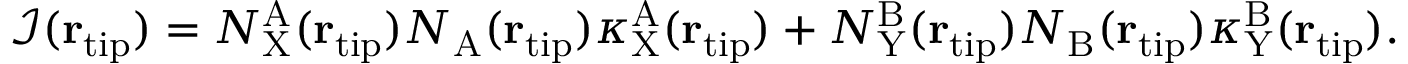
\begin{array} { r } { \mathcal { I } ( { \bf r } _ { \mathrm { t i p } } ) = N _ { \mathrm { X } } ^ { \mathrm { A } } ( { \bf r } _ { \mathrm { t i p } } ) N _ { \mathrm { A } } ( { \bf r } _ { \mathrm { t i p } } ) \kappa _ { \mathrm { X } } ^ { \mathrm { A } } ( { \bf r } _ { \mathrm { t i p } } ) + N _ { \mathrm { Y } } ^ { \mathrm { B } } ( { \bf r } _ { \mathrm { t i p } } ) N _ { \mathrm { B } } ( { \bf r } _ { \mathrm { t i p } } ) \kappa _ { \mathrm { Y } } ^ { \mathrm { B } } ( { \bf r } _ { \mathrm { t i p } } ) . } \end{array}